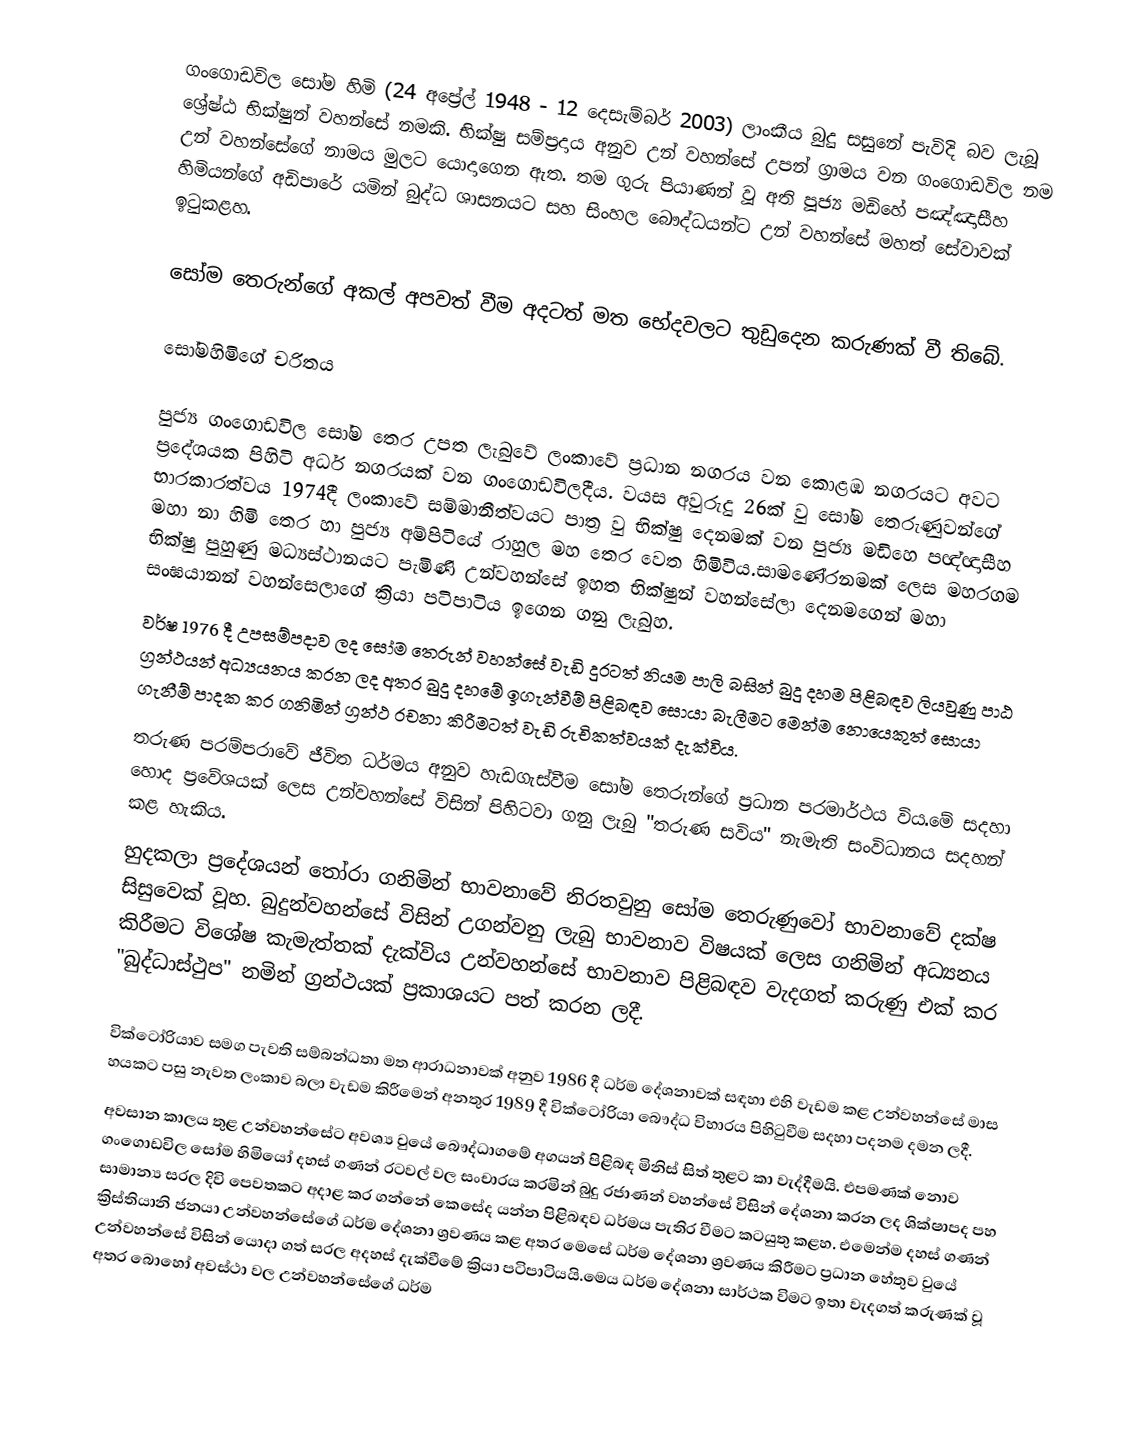
ගංගොඩවිල සෝම හිමි (24 අප්‍රේල් 1948 - 12 දෙසැම්බර් 2003) ලාංකීය බුදු සසුනේ පැවිදි බව ලැබූ ශ්‍රේෂ්ඨ භික්ෂුන් වහන්සේ නමකි. භික්ෂු සම්ප්‍රදාය අනුව උන් වහන්සේ උපන් ග්‍රාමය වන ගංගොඩවිල නම උන් වහන්සේගේ නාමය මුලට යොදාගෙන ඇත. තම ගුරු පියාණන් වූ අති පූජ්‍ය මඩිහේ පඤ්ඤාසීහ හිමියන්ගේ අඩිපාරේ යමින් බුද්ධ ශාසනයට සහ සිංහල බෞද්ධයන්ට උන් වහන්සේ මහත් සේවාවක් ඉටුකළහ.

සෝම තෙරුන්ගේ අකල් අපවත් වීම අදටත් මත භේදවලට තුඩුදෙන කරුණක් වී තිබේ.

සෝමහිමිගේ චරිතය

පුජ්‍ය ගංගොඩවිල සෝම තෙර උපත ලැබුවේ ලංකාවේ ප්‍රධාන නගරය වන කොළඹ නගරයට අවට ප්‍රදේශයක පිහිටි අර්ධ නගරයක් වන ගංගොඩවිලදීය. වයස අවුරුදු 26ක් වු සෝම තෙරුණුවන්ගේ භාරකාරත්වය 1974දී ලංකාවේ සම්මානීත්වයට පාත්‍ර වු භික්ෂු දෙනමක් වන පුජ්‍ය මඩිහෙ පඥ්ඥාසීහ මහා නා හිමි තෙර හා පුජ්‍ය අම්පිටියේ රාහුල මහ තෙර වෙත හිමිවිය.සාමණේරනමක් ලෙස මහරගම භික්ෂු පුහුණු මධ්‍යස්ථානයට පැමිණි උන්වහන්සේ ඉහත භික්ෂුන් වහන්සේලා දෙනමගෙන් මහා සංඝයානන් වහන්සෙලාගේ ක්‍රියා පටිපාටිය ඉගෙන ගනු ලැබුහ.
වර්ෂ 1976 දී උපසම්පදාව ලද සෝම තෙරුන් වහන්සේ වැඩි දුරටත් නියම පාලි බසින් බුදු දහම පිළිබඳව ලියවුණු පාඨ ග්‍රන්ථයන් අධ්‍යයනය කරන ලද අතර බුදු දහමේ ඉගැන්වීම් පිළිබඳව සොයා බැලීමට මෙන්ම නොයෙකුත් සොයා ගැනීම් පාදක කර ගනිමින් ග්‍රන්ථ රචනා කිරීමටත් වැඩි රුචිකත්වයක් දැක්විය.
තරුණ පරම්පරාවේ ජීවිත ධර්මය අනුව හැඩගැස්වීම සෝම තෙරුන්ගේ ප්‍රධාන පරමාර්ථය විය.මේ සදහා හොද ප්‍රවේශයක් ලෙස උන්වහන්සේ විසින් පිහිටවා ගනු ලැබු "තරුණ සවිය" නැමැති සංවිධානය සදහන් කළ හැකිය.
හුදකලා ප්‍රදේශයන් තෝරා ගනිමින් භාවනාවේ නිරතවුනු සෝම තෙරුණුවෝ භාවනාවේ දක්ෂ සිසුවෙක් වූහ. බුදුන්වහන්සේ විසින් උගන්වනු ලැබු භාවනාව විෂයක් ලෙස ගනිමින් අධ්‍යනය කිරීමට විශේෂ කැමැත්තක් දැක්විය උන්වහන්සේ භාවනාව පිළිබඳව වැදගත් කරුණු එක් කර "බුද්ධාස්ථුප" නමින් ග්‍රන්ථයක් ප්‍රකාශයට පත් කරන ලදී.

වික්ටෝරියාව සමග පැවති සම්බන්ධතා මත ආරාධනාවක් අනුව 1986 දී ධර්ම දේශනාවක් සඳහා එහි වැඩම කළ උන්වහන්සේ මාස හයකට පසු නැවත ලංකාව බලා වැඩම කිරීමෙන් අනතුර 1989 දී වික්ටෝරියා බෞද්ධ විහාරය පිහිටුවීම සදහා පදනම දමන ලදී.
අවසාන කාලය තුළ උන්වහන්සේට අවශ්‍ය වුයේ බෞද්ධාගමේ අගයන් පිළිබඳ මිනිස් සිත් තුළට කා වැද්දීමයි. එපමණක් නොව  ගංගොඩවිල සෝම හිමියෝ දහස් ගණන් රටවල් වල සංචාරය කරමින් බුදු රජාණන් වහන්සේ විසින් දේශනා කරන ලද ශික්ෂාපද පහ සාමාන්‍ය සරල දිවි පෙවතකට අදාළ කර ගන්නේ කෙසේද යන්න පිළිබඳව ධර්මය පැතිර වීමට කටයුතු කළහ. එමෙන්ම දහස් ගණන් ක්‍රිස්තියානි ජනයා උන්වහන්සේගේ ධර්ම දේශනා ශ්‍රවණය කළ අතර මෙසේ ධර්ම දේශනා ශ්‍රවණය කිරීමට ප්‍රධාන හේතුව වුයේ උන්වහන්සේ විසින් යොදා ගත් සරල අදහස් දැක්වීමේ ක්‍රියා පටිපාටියයි.මෙය ධර්ම දේශනා සාර්ථක විමට ඉතා වැදගත් කරුණක් වූ අතර බොහෝ අවස්ථා වල උන්වහන්සේගේ ධර්ම